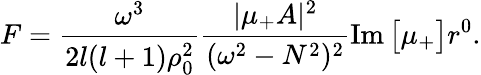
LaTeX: F=\frac{\omega^{3}}{2l(l+1)\rho_{0}^{2}}\frac{|\mu_{+}A|^{2}}{(\omega^{2}-N^{2})^{2}}\operatorname{Im}\big[\mu_{+}\big]r^{0}.